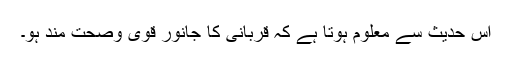
اس حدیث سے معلوم ہوتا ہے کہ قربانی کا جانور قوی وصحت مند ہو۔